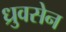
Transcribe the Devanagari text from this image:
ध्रुवसेन